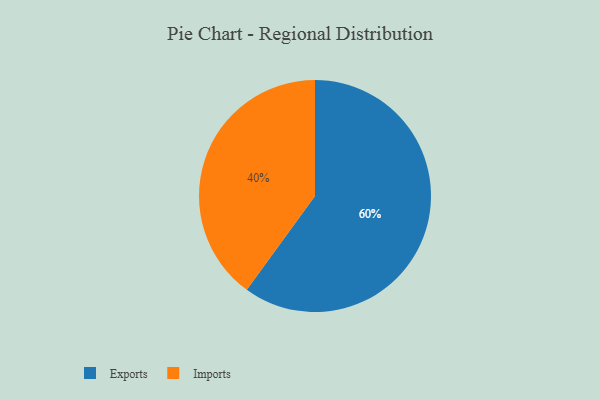
{"axis": {"x": "Category", "y": "Percentage"}, "legend": ["Exports", "Imports"], "data": [{"x": "Imports", "y": 40, "type": "Imports"}, {"x": "Exports", "y": 60, "type": "Exports"}]}